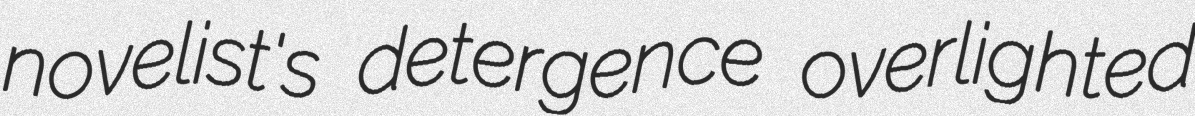
novelist's detergence overlighted